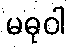
မဓုဝါ